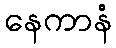
နေကာနံ